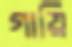
গায়ি